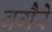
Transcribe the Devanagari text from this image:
वगैेरे